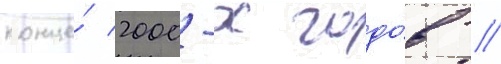
конце́ 2000-х годо́в //